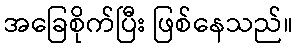
အခြေစိုက်ပြီး ဖြစ်နေသည်။